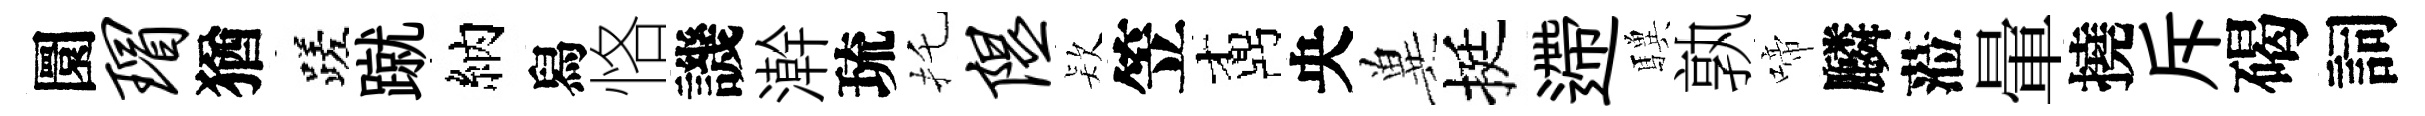
圜瑁猶蹉蹴納舄恪譏澣琉托隰𣣇笠鼒央兾挺遰驥孰啼麟蒞暈撓斥碣詞